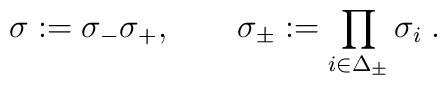
\sigma :=\sigma _{-}\sigma _{+},\quad \quad \sigma _{\pm }:=\prod_{i\in\Delta _{\pm }}\sigma _{i}\;.